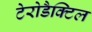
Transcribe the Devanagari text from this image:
टेरोडैक्टिल